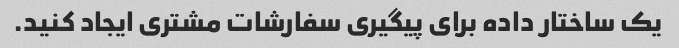
یک ساختار داده برای پیگیری سفارشات مشتری ایجاد کنید.